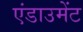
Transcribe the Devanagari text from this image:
एंडाउमेंट